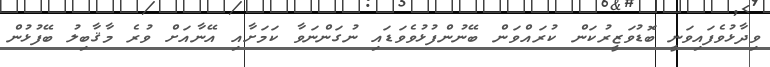
ވިދާޅުވެފައިވަނީ ބޮޑުވަޒީރުކަން ކުރައްވަން ބޭނުންފުޅުވެވަޑައި ނުގަންނަވާ ކަމަށާއި އޭނާއަށް ވުރެ މާޤާބިލު ބޭފުޅުން